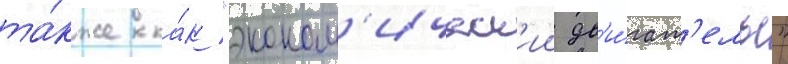
та́кже ка́к "эконом'ическ'ии дв'и́гат'ель"